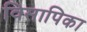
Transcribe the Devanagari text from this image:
विसापिका